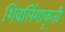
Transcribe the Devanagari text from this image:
शिवलिंगाकृती